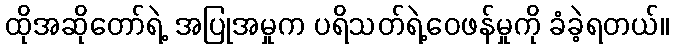
ထိုအဆိုတော်ရဲ့ အပြုအမှုက ပရိသတ်ရဲ့ဝေဖန်မှုကို ခံခဲ့ရတယ်။